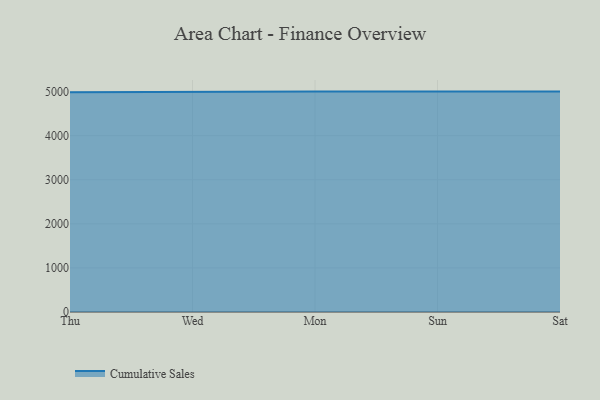
{"axis": {"x": "Day", "y": "Conversion Rate (%)"}, "legend": ["Cumulative Sales"], "data": [{"x": "Thu", "y": 4988.0, "type": "Cumulative Sales"}, {"x": "Wed", "y": 5000, "type": "Cumulative Sales"}, {"x": "Mon", "y": 5000, "type": "Cumulative Sales"}, {"x": "Sun", "y": 5000, "type": "Cumulative Sales"}, {"x": "Sat", "y": 5000, "type": "Cumulative Sales"}]}